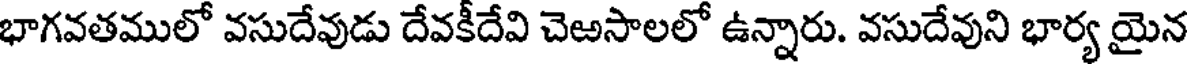
భాగవతములో వసుదేవుడు దేవకీదేవి చెఱసాలలో ఉన్నారు. వసుదేవుని భార్య యైన